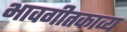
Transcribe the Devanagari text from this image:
भावगीतकाव्य